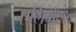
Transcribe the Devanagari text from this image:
एलिमेंटल